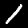
Label: 1